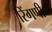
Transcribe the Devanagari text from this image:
रिंगणी